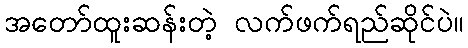
အတော်ထူးဆန်းတဲ့ လက်ဖက်ရည်ဆိုင်ပဲ။